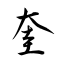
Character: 奎